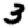
Digit: 3